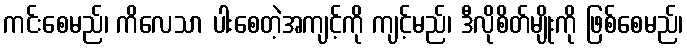
ကင်းစေမည်၊ ကိလေသာ ပါးစေတဲ့အကျင့်ကို ကျင့်မည်၊ ဒီလိုစိတ်မျိုးကို ဖြစ်စေမည်၊